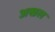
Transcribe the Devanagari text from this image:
अखल